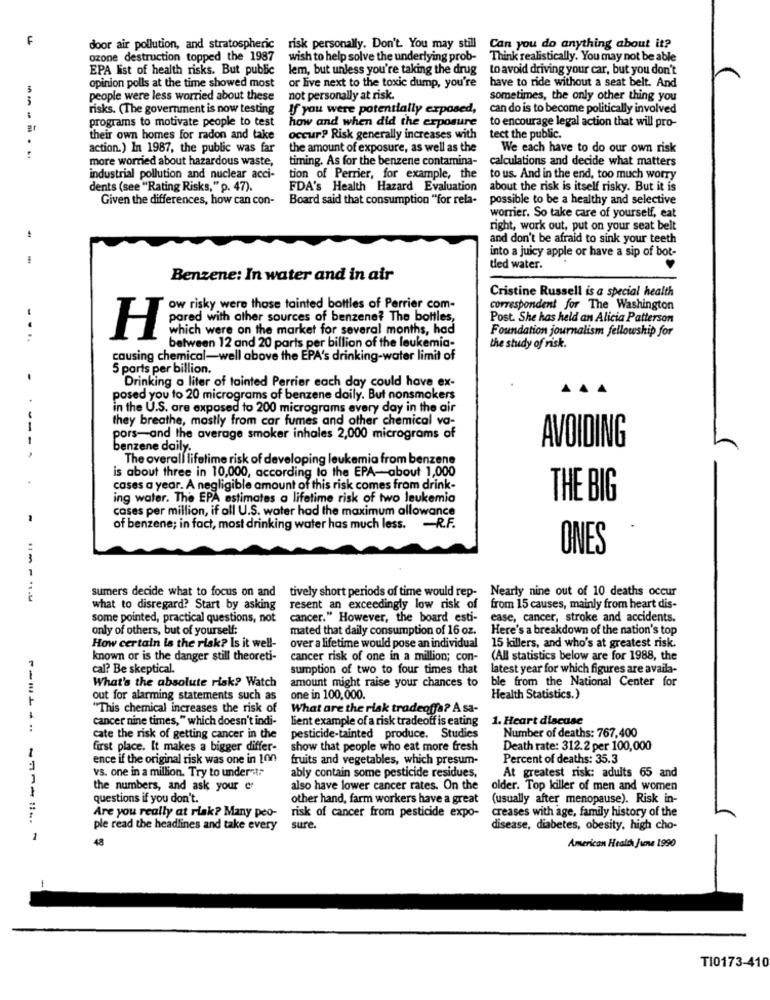
F
door air pollution, and stratospheric risk personally. Don't. You may still
Can you do anything about it?
ozone destruction topped the 1987
wish to help solve the underlying prob- Think realistically. You may not be able
EPA list of health risks. But public
lem, but unless you're taking the drug to avoid driving your car, but you don't
opinion polls at the time showed most
or live next to the toxic dump, you're
have to ride without a seat belt. And
--
people were less worried about these
not personally at risk.
sometimes, the only other thing you
risks. (The government is now testing
If you were potentially exposed,
can do is to become politically involved
programs to motivate people to test
how and when did the exposure
to encourage legal action that will pro-
their own homes for radon and take
occur? Risk generally increases with
tect the public.
action.) In 1987, the public was far
the amount of exposure, as well as the
We each have to do our own risk
more worried about hazardous waste,
timing. As for the benzene contamina-
calculations and decide what matters
industrial pollution and nuclear acci-
tion of Perrier, for example, the
to us. And in the end, too much worry
dents (see "Rating Risks, " p. 47).
FDA's Health Hazard Evaluation
about the risk is itself risky. But it is
Given the differences, how can con-
Board said that consumption "for rela-
possible to be a healthy and selective
worrier. So take care of yourself, eat
right, work out, put on your seat belt
and don't be afraid to sink your teeth
into a juicy apple or have a sip of bot-
ted water.
Benzene: In water and in air
Cristine Russell is a special health
ow risky were those tainted bottles of Perrier com-
correspondent for The Washington
pared with other sources of benzene? The bottles,
Post. She has held an Alicia Patterson
which were on the market for several months, had
Foundation journalism fellowship for
....
H
between 12 and 20 parts per billion of the leukemia-
the study of risk.
causing chemical-well above the EPA's drinking-water limit of
5 ports per billion.
Drinking a liter of tainted Perrier each day could have ex-
posed you to 20 micrograms of benzene daily. But nonsmokers
in the U.S. are exposed to 200 micrograms every day in the air
they breathe, mostly from car fumes and other chemical va-
pors-and the average smoker inhales 2,000 micrograms of
AVOIDING
benzene daily.
The overall lifetime risk of developing leukemia from benzene
is about three in 10,000, according to the EPA-about 1,000
cases a year. A negligible amount of this risk comes from drink-
ing water. The EPA estimates a lifetime risk of two leukemia
THE BIG
cases per million, if all U.S. water had the maximum allowance
of benzene; in fact, most drinking water has much less. - R.F.
ONES
1
tively short periods of time would rep- Nearly nine out of 10 deaths occur
sumers decide what to focus on and
what to disregard? Start by asking
resent an exceedingly low risk of
from 15 causes, mainly from heart dis-
some pointed, practical questions, not
cancer." However, the board esti-
ease, cancer, stroke and accidents.
only of others, but of yourself:
mated that daily consumption of 16 oz.
Here's a breakdown of the nation's top
How certain is the risk? Is it well-
over a lifetime would pose an individual
15 killers, and who's at greatest risk.
known or is the danger still theoreti-
cancer risk of one in a million; con-
(All statistics below are for 1988, the
cal? Be skeptical.
sumption of two to four times that
latest year for which figures are availa-
What's the absolute risk? Watch
amount might raise your chances to
ble from the National Center for
out for alarming statements such as
one in 100,000.
Health Statistics.)
"This chemical increases the risk of
What are the risk tradeoffs? A sa-
-----
cancer nine times," which doesn't indi-
lient example of a risk tradeoff is eating
1. Heart disease
:
Number of deaths: 767,400
cate the risk of getting cancer in the
pesticide-tainted produce. Studies
first place. It makes a bigger differ-
show that people who eat more fresh
Death rate: 312.2 per 100,000
ence if the original risk was one in 100
fruits and vegetables, which presum-
Percent of deaths: 35.3
vs. one in a million. Try to undera:
At greatest risk: adults 65 and
ably contain some pesticide residues,
1
the numbers, and ask your e
also have lower cancer rates. On the
older. Top killer of men and women
questions if you don't.
other hand, farm workers have a great
(usually after menopause). Risk in-
Are you really at risk? Many peo-
risk of cancer from pesticide expo-
creases with age, family history of the
ple read the headlines and take every
sure.
disease, diabetes, obesity, high cho-
1
48
American Health June 1990
TI0173-410